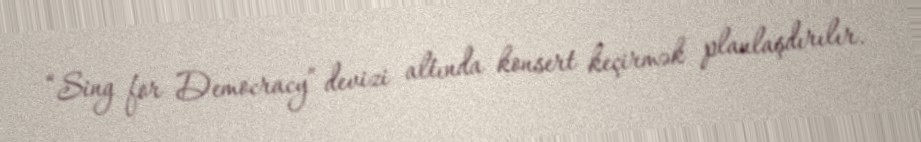
“Sing for Democracy” devizi altında konsert keçirmək planlaşdırılır.